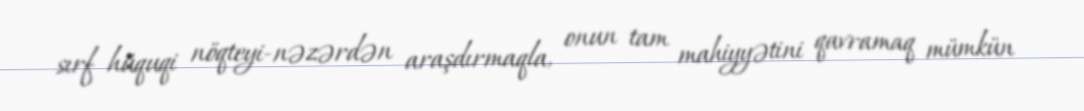
sırf hüquqi nöqteyi-nəzərdən araşdırmaqla, onun tam mahiyyətini qavramaq mümkün